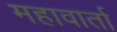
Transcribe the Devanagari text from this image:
महावार्ता